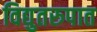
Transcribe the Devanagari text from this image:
विद्युतरुपात